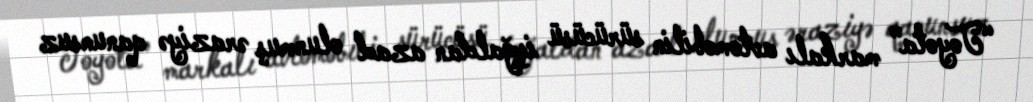
“Toyota” markalı avtomobilin sürücüsü işğaldan azad olunmuş əraziyə qanunsuz